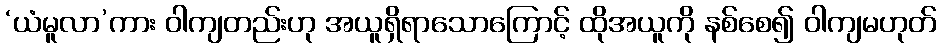
‘ယံမူလာ’ကား ဝါကျတည်းဟု အယူရှိရာသောကြောင့် ထိုအယူကို နစ်စေ၍ ဝါကျမဟုတ်